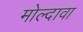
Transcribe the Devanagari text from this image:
मोल्दावा